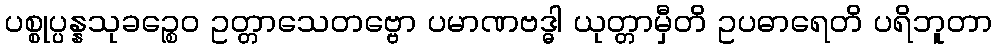
ပစ္စုပ္ပန္နသုခဉ္စေဝ ဥတ္တာသေတဗ္ဗော ပမာဏဗဒ္ဓါ ယုတ္တာမှီတိ ဥပဓာရေတိ ပရိဘူတာ